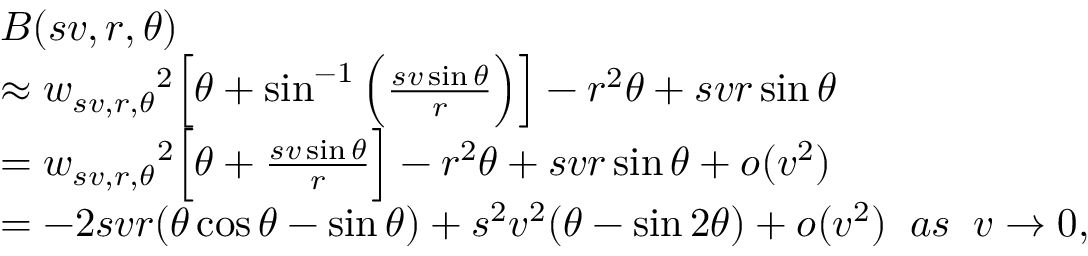
\begin{array} { r l } & { B ( s v , r , \theta ) } \\ & { \approx { w _ { s v , r , \theta } } ^ { 2 } \Big [ \theta + \sin ^ { - 1 } \Big ( \frac { s v \sin \theta } { r } \Big ) \Big ] - r ^ { 2 } \theta + s v r \sin \theta } \\ & { = { w _ { s v , r , \theta } } ^ { 2 } \Big [ \theta + \frac { s v \sin \theta } { r } \Big ] - r ^ { 2 } \theta + s v r \sin \theta + o ( v ^ { 2 } ) } \\ & { = - 2 s v r ( \theta \cos \theta - \sin \theta ) + s ^ { 2 } v ^ { 2 } ( \theta - \sin 2 \theta ) + o ( v ^ { 2 } ) \; \; a s \; \; v \rightarrow 0 , } \end{array}